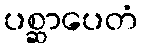
ပစ္ဆာပေတံ